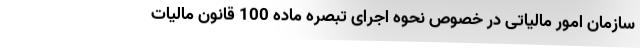
سازمان امور مالیاتی در خصوص نحوه اجرای تبصره ماده 100 قانون مالیات